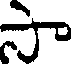
సా